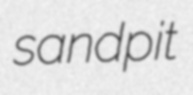
sandpit